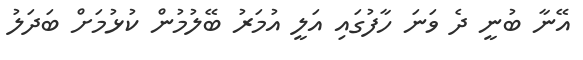
އޭނާ ބުނީ ދެ ވަނަ ހާފުގައި އަލީ އުމަރު ބޭލުމުން ކުޅުމަށް ބަދަލު